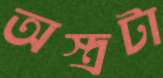
অস্ত্রটা